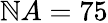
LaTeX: \mathbb{N}A=75